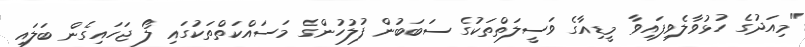
"މިއަދުގެ ހުޅުވާލެވިފައިވާ މީޑިއާގެ ވަސީލަތްތަކުގެ ސަބަބުން ފުލުހުންގެ މަސައްކަތްތަކުގައި ލޯ ޖަހައިގެން ބަލައި